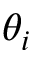
\theta _ { i }